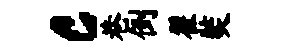
c巷倒翟奘